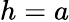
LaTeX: h=a